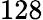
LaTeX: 128